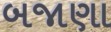
બજાણા